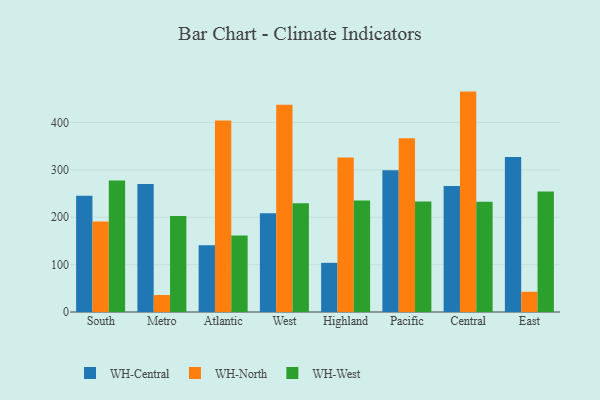
{"axis": {"x": "Region", "y": "Gross Profit (USD K)"}, "legend": ["WH-Central", "WH-North", "WH-West"], "data": [{"x": "South", "y": 245.5, "type": "WH-Central"}, {"x": "South", "y": 190.9, "type": "WH-North"}, {"x": "South", "y": 277.7, "type": "WH-West"}, {"x": "Metro", "y": 270.4, "type": "WH-Central"}, {"x": "Metro", "y": 35.9, "type": "WH-North"}, {"x": "Metro", "y": 202.8, "type": "WH-West"}, {"x": "Atlantic", "y": 140.7, "type": "WH-Central"}, {"x": "Atlantic", "y": 404.5, "type": "WH-North"}, {"x": "Atlantic", "y": 161.4, "type": "WH-West"}, {"x": "West", "y": 208.6, "type": "WH-Central"}, {"x": "West", "y": 437.8, "type": "WH-North"}, {"x": "West", "y": 229.8, "type": "WH-West"}, {"x": "Highland", "y": 103.8, "type": "WH-Central"}, {"x": "Highland", "y": 326.0, "type": "WH-North"}, {"x": "Highland", "y": 235.4, "type": "WH-West"}, {"x": "Pacific", "y": 299.1, "type": "WH-Central"}, {"x": "Pacific", "y": 367.0, "type": "WH-North"}, {"x": "Pacific", "y": 233.5, "type": "WH-West"}, {"x": "Central", "y": 266.2, "type": "WH-Central"}, {"x": "Central", "y": 465.3, "type": "WH-North"}, {"x": "Central", "y": 232.8, "type": "WH-West"}, {"x": "East", "y": 327.1, "type": "WH-Central"}, {"x": "East", "y": 42.7, "type": "WH-North"}, {"x": "East", "y": 254.5, "type": "WH-West"}]}